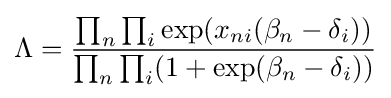
\Lambda ={\frac {\prod _{n}\prod _{i}\exp(x_{ni}(\beta _{n}-\delta _{i}))}{\prod _{n}\prod _{i}(1+\exp(\beta _{n}-\delta _{i}))}}